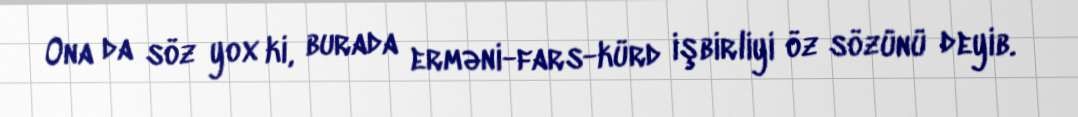
Ona da söz yox ki, burada erməni-fars-kürd işbirliyi öz sözünü deyib.